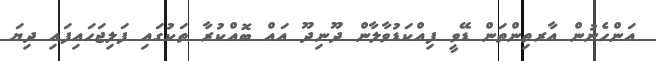
އަންހެނުން އާރތިންތަން ޑޭވީ ފިއްކަޑުވާލާން ދޫނިދޫ އައް ބޮއްކުރާ ތަކުގައި ފަލިޖަހައިފައި ދިޔަ